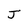
Character: J